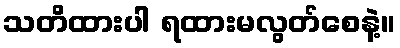
သတိထားပါ ရထားမလွတ်စေနဲ့။